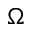
\Omega